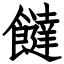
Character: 𩟐